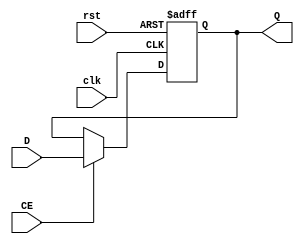
`timescale 1ns / 1ps
//////////////////////////////////////////////////////////////////////////////////
// Company: 
// Engineer: 
// 
// Design Name: 
// Module Name:    REG32 
// Project Name: 
// Target Devices: 
// Tool versions: 
// Description: 
//
// Dependencies: 
//
// Revision: 
// Revision 0.01 - File Created
// Additional Comments: 
//
//////////////////////////////////////////////////////////////////////////////////
module REG32(
	input clk,
	input rst,
	input CE,
	input [31:0] D,
	output reg [31:0] Q
    );
	always@(posedge clk or posedge rst)begin
		if(rst == 1)
			Q <= 0;
		else if(CE == 1)
			Q <= D;
		else
			Q <= Q;
	end

endmodule